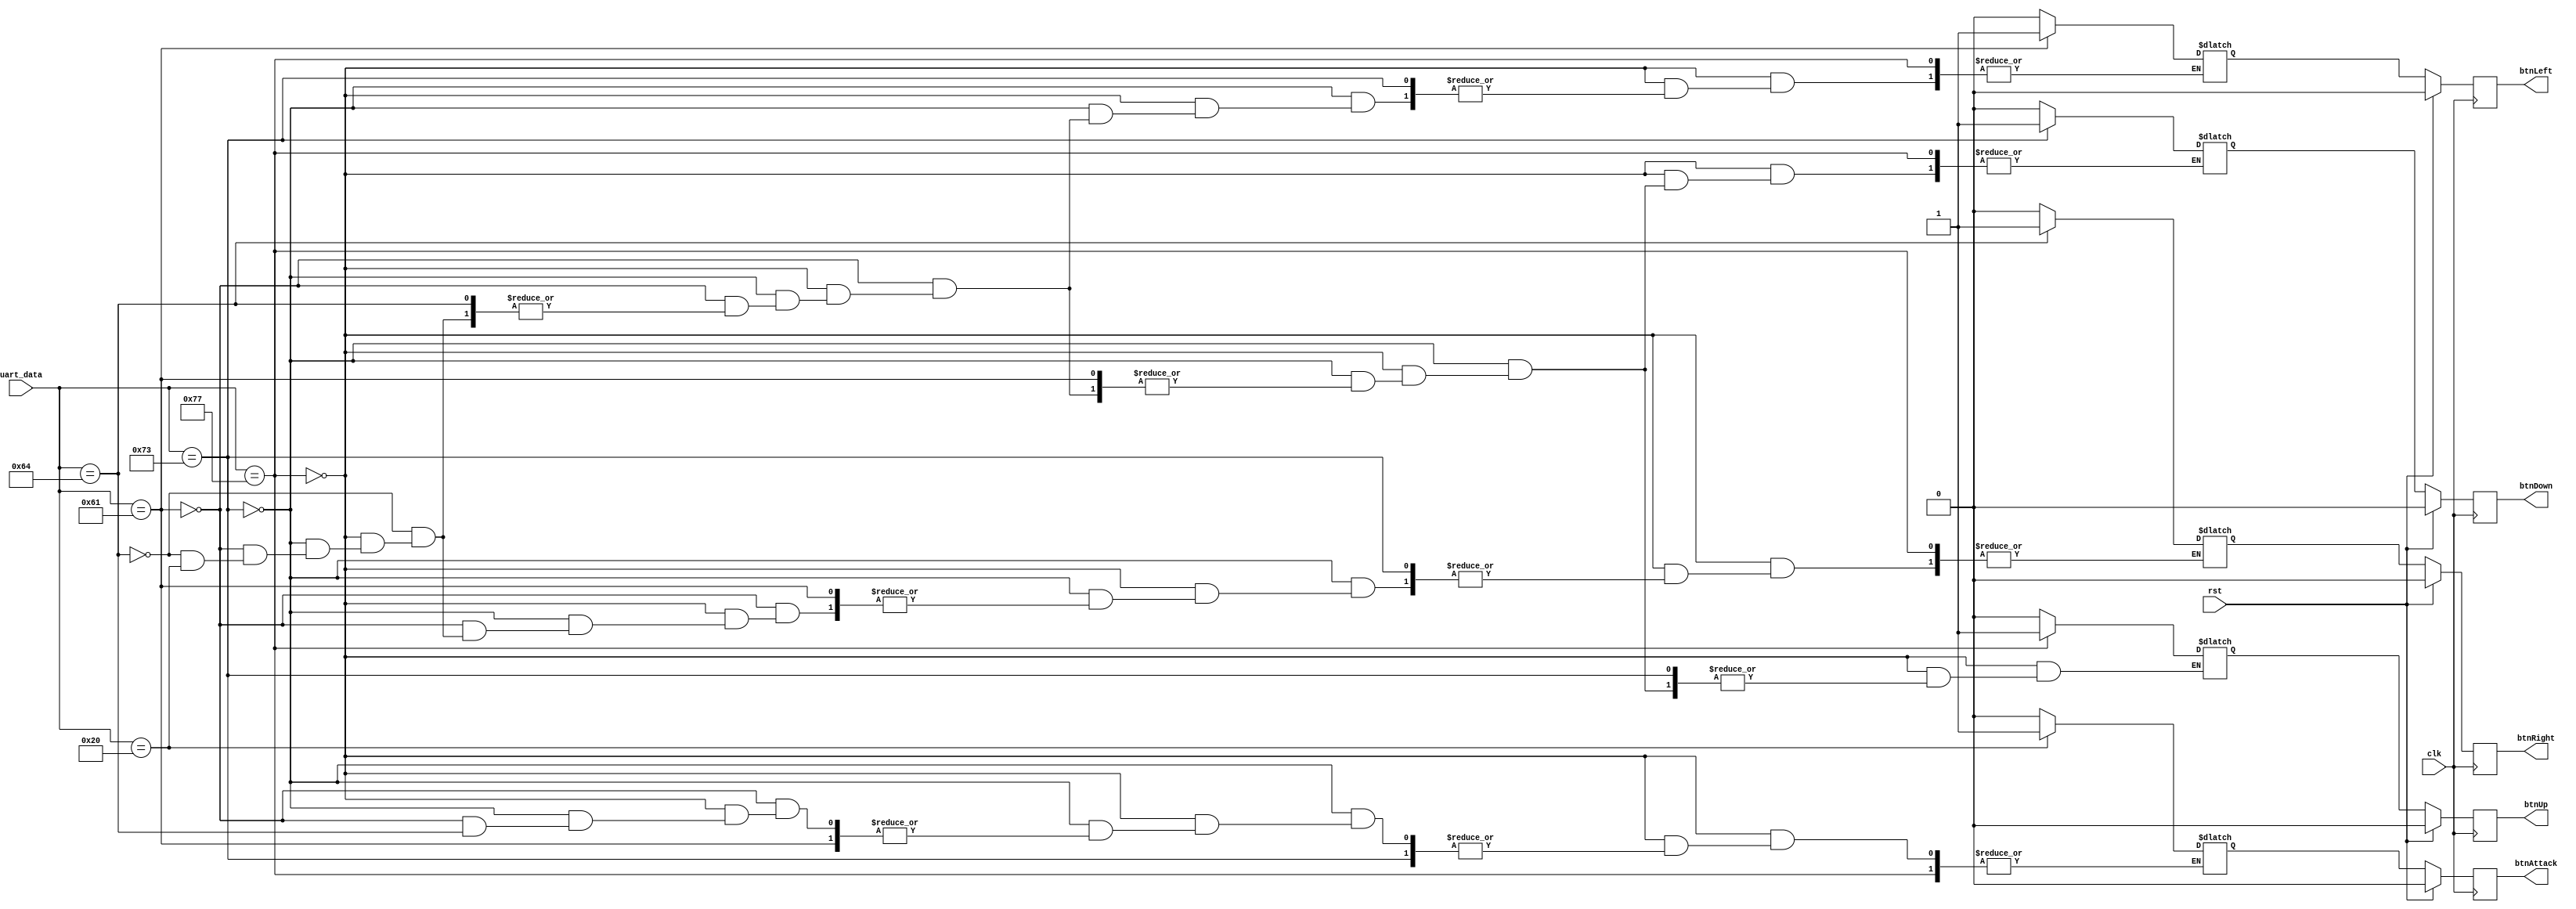
`timescale 1ns / 1ps
//////////////////////////////////////////////////////////////////////////////////
// Company: 
// Engineer: 
// 
// Design Name: 
// Module Name: uart_decode
// Project Name: 
// Target Devices: 
// Tool Versions: 
// Description: 
// 
// Dependencies: 
// 
// Revision:
// Revision 0.01 - File Created
// Additional Comments:
// 
//////////////////////////////////////////////////////////////////////////////////


module uart_decode(
    input  wire clk,
    input  wire rst,
    input  wire [7:0] uart_data,
    output reg btnAttack,
    output reg btnUp,
    output reg btnLeft,
    output reg btnRight,
    output reg btnDown
    );
    
    reg btnAttack_nxt, btnUp_nxt, btnLeft_nxt, btnRight_nxt, btnDown_nxt;
    
    always @(posedge clk)
    begin
        if(rst)
        begin
            btnAttack <= 0;
            btnUp     <= 0;
            btnLeft   <= 0;
            btnRight  <= 0;
            btnDown   <= 0;
        end
        else
        begin
            btnAttack <= btnAttack_nxt;
            btnUp     <= btnUp_nxt;
            btnLeft   <= btnLeft_nxt;
            btnRight  <= btnRight_nxt;
            btnDown   <= btnDown_nxt;       
        end    
    end
    
    always @*
    begin
            if(uart_data == 8'h77) //w
                btnUp_nxt = 1;
            else if(uart_data == 8'h73) //s
                btnDown_nxt = 1;
            else if(uart_data == 8'h61) //a
                btnLeft_nxt = 1;
            else if(uart_data == 8'h64) //d
                btnRight_nxt = 1;
            else if(uart_data == 8'h20) //spacja
                btnAttack_nxt = 1;
            else
            begin
                btnAttack_nxt = 0;
                btnUp_nxt     = 0;
                btnLeft_nxt   = 0;
                btnRight_nxt  = 0;
                btnDown_nxt   = 0;
            end
    end
endmodule